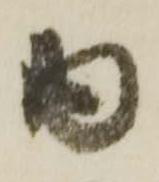
内